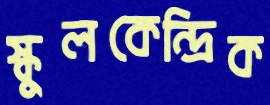
স্কুলকেন্দ্রিক